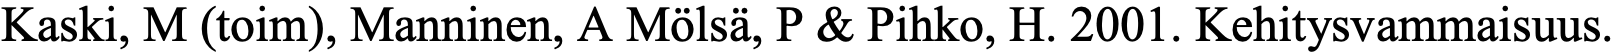
Kaski, M (toim), Manninen, A Mölsä, P & Pihko, H. 2001. Kehitysvammaisuus.